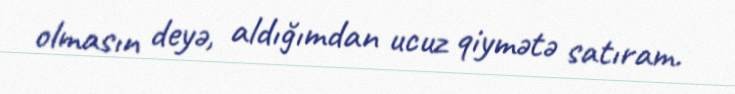
olmasın deyə, aldığımdan ucuz qiymətə satıram.